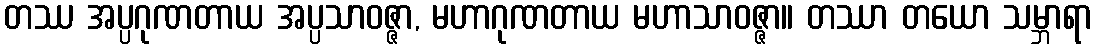
တဿ အပ္ပဂုဏတာယ အပ္ပသာဝဇ္ဇာ, မဟာဂုဏတာယ မဟာသာဝဇ္ဇာ။ တဿာ တယော သမ္ဘာရာ